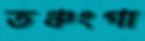
তঞ্চংগা